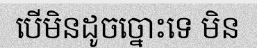
បើមិនដូចច្នោះទេ មិន